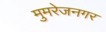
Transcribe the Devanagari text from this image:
मुमरेजनगर